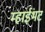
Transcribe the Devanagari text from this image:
म्हाईंभट